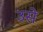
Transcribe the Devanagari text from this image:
उसेेेे